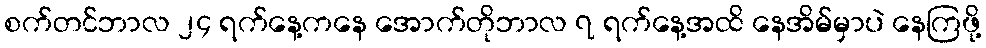
စက်တင်ဘာလ ၂၄ ရက်နေ့ကနေ အောက်တိုဘာလ ၇ ရက်နေ့အထိ နေအိမ်မှာပဲ နေကြဖို့